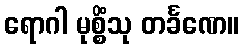
ရောဂါ မုစ္စိံသု တင်္ခဏေ။